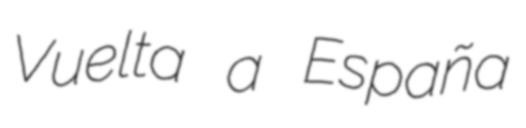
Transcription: Vuelta a España